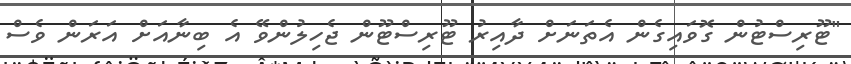
"ޓޫރިސްޓުން ގޮވައިގެން އެތަނަށް ދާއިރު ޓޫރިސްޓޫން ޖެހިލުންވޭ އެ ބިނާއަށް އަރަން ވެސް